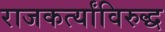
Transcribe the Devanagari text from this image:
राजकर्त्यांविरुद्ध